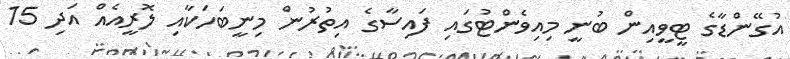
އުގޭންޑާގެ ޓީވީއިން ބުނީ މިއިވެންޓުގައި ފައިސާގެ އިތުރުން މިނީބަހަކާއި ލޮރީއެއް އަދި 15